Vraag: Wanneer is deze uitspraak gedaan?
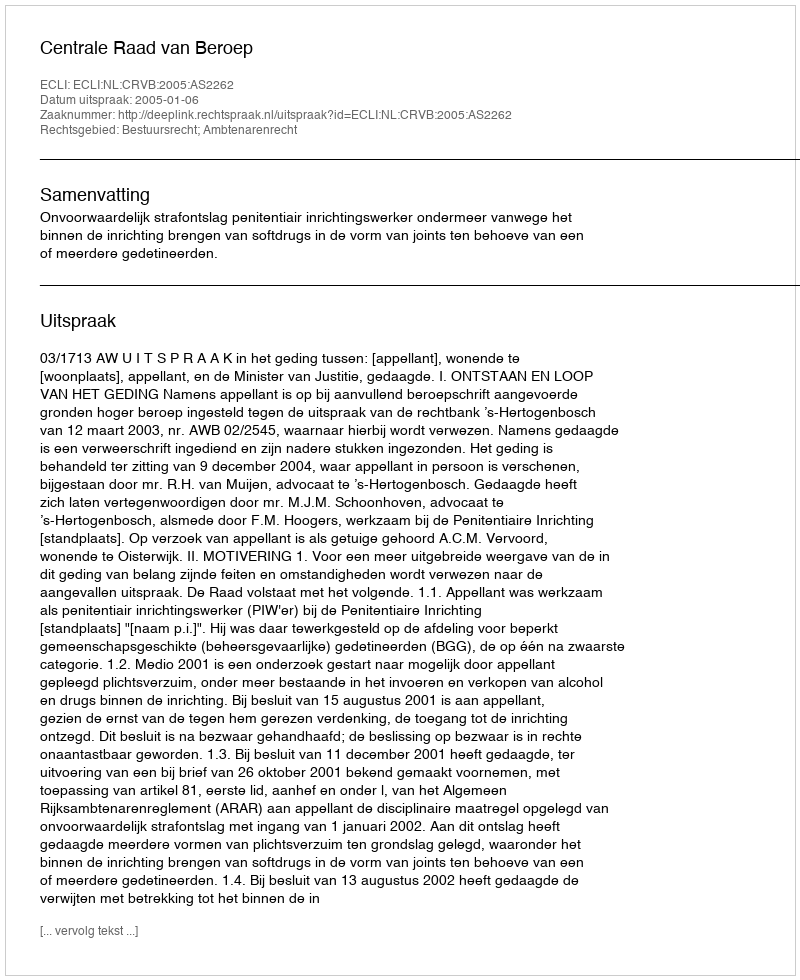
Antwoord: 2005-01-06